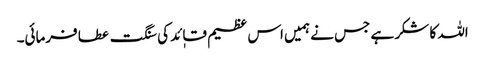
اللہ کا شکر ہے جس نے ہمیں اس عظیم قاٖئد کی سنگت عطا فرمائی۔